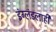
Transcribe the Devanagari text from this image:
इंग्लंडलाही